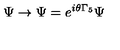
\Psi \rightarrow \Psi = e ^ { i \theta \Gamma _ { 5 } } \Psi